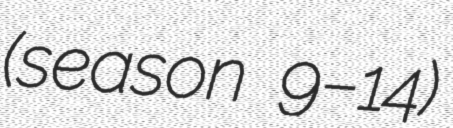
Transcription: (season 9–14)